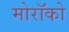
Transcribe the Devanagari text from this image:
मोरॉको